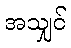
အသျှင်